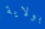
بولاية